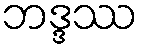
ဘဒ္ဒဿ